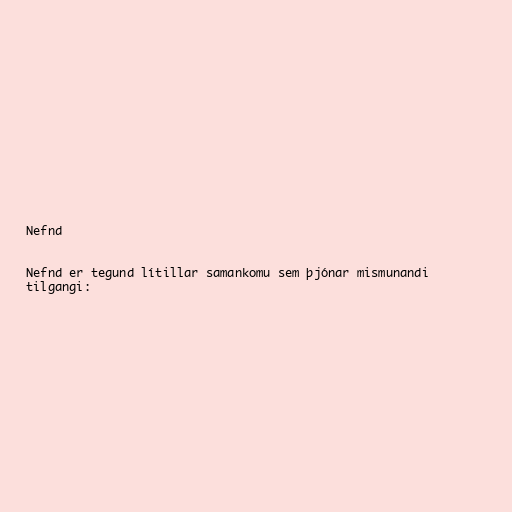
Nefnd

Nefnd er tegund lítillar samankomu sem þjónar mismunandi
tilgangi: